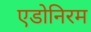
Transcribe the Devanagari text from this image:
एडोनिरम